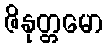
ဇိနုတ္တမော